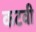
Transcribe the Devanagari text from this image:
कटवी